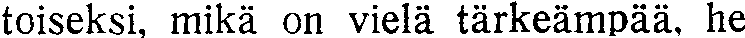
toiseksi, mikä on vielä tärkeämpää, he